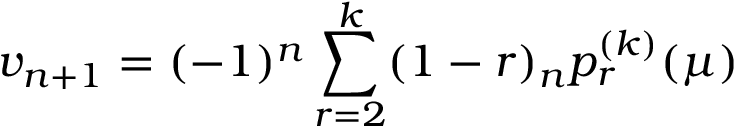
v _ { n + 1 } = ( - 1 ) ^ { n } \sum _ { r = 2 } ^ { k } ( 1 - r ) _ { n } p _ { r } ^ { ( k ) } ( \mu )